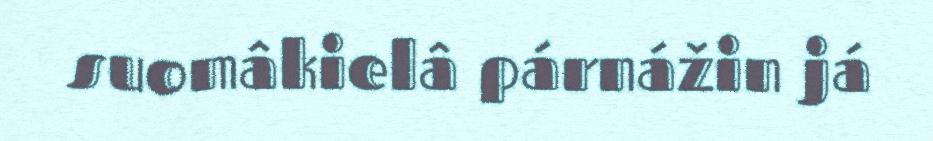
suomâkielâ párnážin já